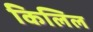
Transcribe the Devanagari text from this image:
किलिल